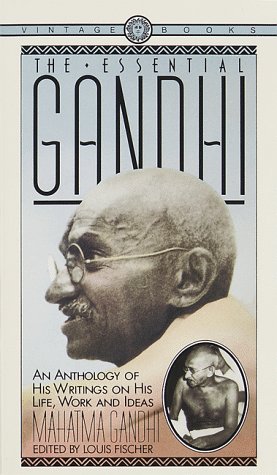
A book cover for The Essential Gandhi; Mahatma Gandhi; Religion & Spirituality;